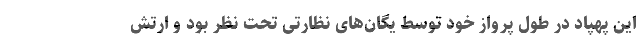
این پهپاد در طول پرواز خود توسط یگان‌های نظارتی تحت نظر بود و ارتش